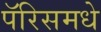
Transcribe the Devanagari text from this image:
पॅरिसमधे